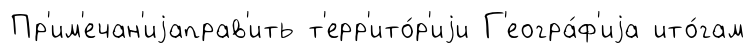
Пр'им'ечан'иjаправ'ить т'ерр'ито́р'иjи Г'еогра́ф'иjа ито́гам